Report of the Indian Hemp Drugs Commission, 1894-1895 - Volume IV
Year: 1894
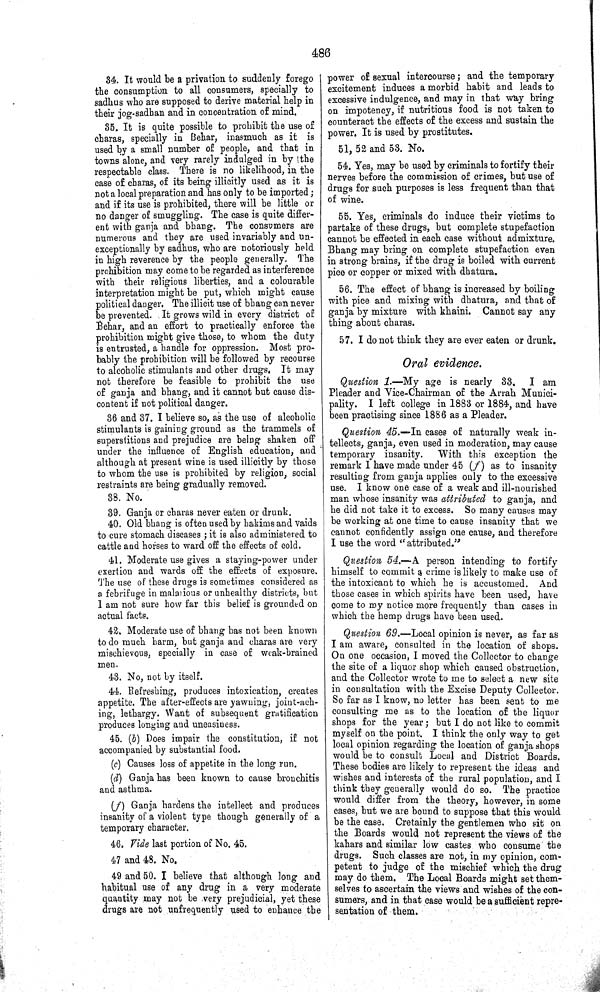
486
34. It would be a privation to suddenly forego
the consumption to all consumers, specially to
sadhus who are supposed to derive material help in
their jog-sadhan and in concentration of mind.
35. It is quite possible to prohibit the use of
charas, specially in Behar, inasmuch as it is
used by a small number of people, and that in
towns alone, and very rarely indulged in by the
respectable class. There is no likelihood, in the
case of charas, of its being illicitly used as it is
not a local preparation and has only to be imported;
and if its use is prohibited, there will be little or
no danger of smuggling. The case is quite differ-
ent with ganja and bhang. The consumers are
numerous and they are used invariably and un-
exceptionally by sadhus, who are notoriously held
in high reverence by the people generally. The
prohibition may come to be regarded as interference
with their religious liberties, and a colourable
interpretation might be put, which might cause
political danger. The illicit use of bhang can never
be prevented. It grows wild in every district of
Behar, and an effort to practically enforce the
prohibition might give those, to whom the duty
is entrusted, a handle for oppression. Most pro-
bably the prohibition will be followed by recourse
to alcoholic stimulants and other drugs. It may
not therefore be feasible to prohibit the use
of ganja and bhang, and it cannot but cause dis-
content if not political danger.
36 and 37. I believe so, as the use of alcoholic
stimulants is gaining ground as the trammels of
superstitions and prejudice are being shaken off
under the influence of English education, and
although at present wine is used illicitly by those
to whom the use is prohibited by religion, social
restraints are being gradually removed.
38. No.
39. Ganja or charas never eaten or drunk.
40. Old bhang is often used by hakims and vaids
to cure stomach diseases; it is also administered to
cattle and horses to ward off the effects of cold.
41. Moderate use gives a staying-power under
exertion and wards off the effects of exposure.
The use of these drugs is sometimes considered as
a febrifuge in malarious or unhealthy districts, but
I am not sure how far this belief is grounded on
actual facts.
42. Moderate use of bhang has not been known
to do much harm, but ganja and charas are very
mischievous, specially in case of weak-brained
men.
43. No, not by itself.
44. Refreshing, produces intoxication, creates
appetite. The after-effects are yawning, joint-ach-
ing, lethargy. Want of subsequent gratification
produces longing and uneasiness.
45. (b) Does impair the constitution, if not
accompanied by substantial food.
(c) Causes loss of appetite in the long run.
(d) Ganja has been known to cause bronchitis
and asthma.
(f) Ganja hardens the intellect and produces
insanity of a violent type though generally of a
temporary character.
46. Vide last portion of No. 45.
47 and 48. No.
49 and 50. I believe that although long and
habitual use of any drug in a very moderate
quantity may not be very prejudicial, yet these
drugs are not unfrequently used to enhance the
power of sexual intercourse; and the temporary
excitement induces a morbid habit and leads to
excessive indulgence, and may in that way bring
on impotency, if nutritious food is not taken to
counteract the effects of the excess and sustain the
power. It is used by prostitutes.
51, 52 and 53. No.
54. Yes, may be used by criminals to fortify their
nerves before the commission of crimes, but use of
drugs for such purposes is less frequent than that
of wine.
55. Yes, criminals do induce their victims to
partake of these drugs, but complete stupefaction
cannot be effected in each case without admixture.
Bhang may bring on complete stupefaction even
in strong brains, if the drug is boiled with current
pice or copper or mixed with dhatura.
56. The effect of bhang is increased by boiling
with pice and mixing with dhatura, and that of
ganja by mixture with khaini. Cannot say any
thing about charas.
57. I do not think they are ever eaten or drunk.
Oral evidence.
Question 1.—My age is nearly 33. I am
Pleader and Vice-Chairman of the Arrah Munici-
pality. I left college in 1883 or 1884, and have
been practising since 1886 as a Pleader.
Question 45.—In cases of naturally weak in-
tellects, ganja, even used in moderation, may cause
temporary insanity.
With this exception the
remark I have made under 45 (f) as to insanity
resulting from ganja applies only to the excessive
use. I know one case of a weak and ill-nourished
man whose insanity was attributed to ganja, and
he did not take it to excess. So many causes may
be working at one time to cause insanity that we
cannot confidently assign one cause, and therefore
I use the word "attributed."
Question 54.—A person intending to fortify
himself to commit a crime is likely to make use of
the intoxicant to which he is accustomed. And
those cases in which spirits have been used, have
come to my notice more frequently than cases in
which the hemp drugs have been used.
Question 69.—Local opinion is never, as far as
I am aware, consulted in the location of shops.
On one occasion, I moved the Collector to change
the site of a liquor shop which caused obstruction,
and the Collector wrote to me to select a new site
in consultation with the Excise Deputy Collector.
So far as I know, no letter has been sent to me
consulting me as to the location of the liquor
shops for the year; but I do not like to commit
myself on the point. I think the only way to get
local opinion regarding the location of ganja shops
would be to consult Local and District Boards.
These bodies are likely to represent the ideas and
wishes and interests of the rural population, and I
think they generally would do so. The practice
would differ from the theory, however, in some
cases, but we are bound to suppose that this would
be the case. Cretainly the gentlemen who sit on
the Boards would not represent the views of the
kahars and similar low castes who consume the
drugs. Such classes are not, in my opinion, com-
petent to judge of the mischief which the drug
may do them. The Local Boards might set them-
selves to ascertain the views and wishes of the con-
sumers, and in that case would be a sufficient repre-
sentation of them.